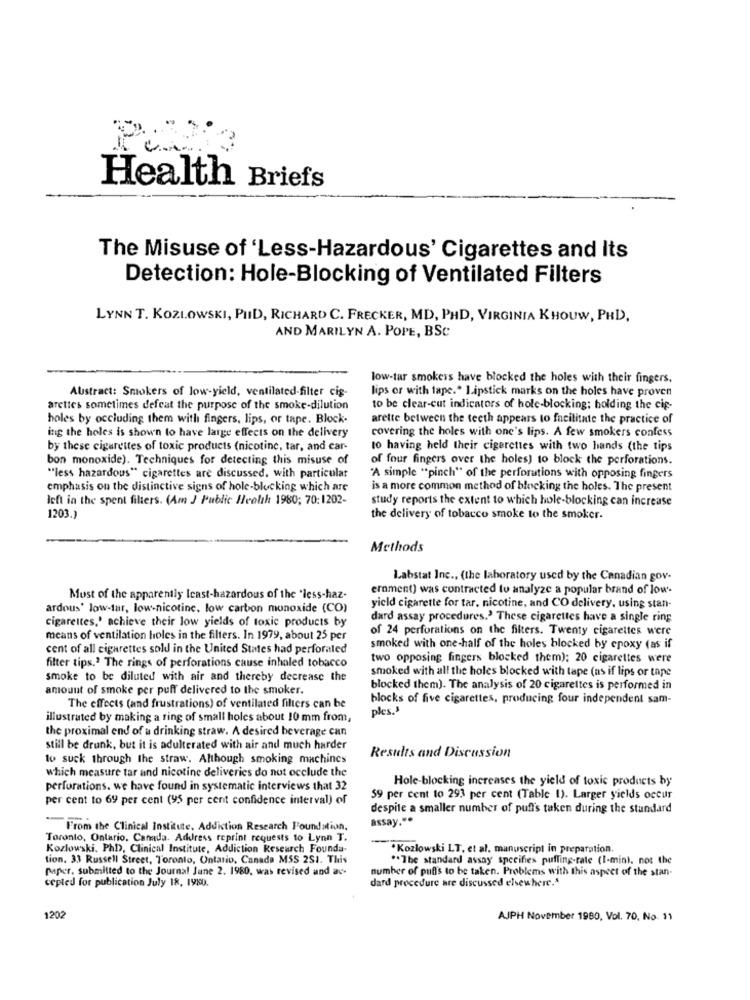
Health Briefs
The Misuse of 'Less-Hazardous' Cigarettes and Its
Detection: Hole-Blocking of Ventilated Filters
LYNN T. KOZLOWSKI, PHD, RICHARD C. FRECKER, MD, PHD, VIRGINIA KHOUW, PHD,
AND MARILYN A. POPE, BSC
low-tar smokers have blocked the holes with their fingers,
Abstract: Smokers of low-yield, ventilated-filter cig-
lips or with tape." Lipstick marks on the holes have proven
arettes sometimes defeat the purpose of the smoke-dilution
to be clear-cut indicators of hole-blocking; holding the cip-
holes by occluding them with fingers, lips, or tape. Block-
arette between the teeth appears to facilitate the practice of
covering the holes with one's lips. A few smokers confess
ing the holes is shown to have lange effects on the delivery
by these cigarettes of toxic products (nicotine, tar, and car-
to having held their cigarettes with two hands (the tips
bon monoxide). Techniques for detecting this misuse of
of four fingers over the holes) to block the perforations.
"less hazardous" cigarettes are discussed. with particular
"A simple "pinch" of the perforations with opposing fingers
emphasis on the distinctive signs of hole-blocking which are
is a more common method of blocking the holes. The present
left in the spent filters. (Am J Public Health 1980; 70: 1202-
study reports the extent to which hole-blocking can increase
1203.)
the delivery of tobacco smoke to the smoker.
Methods
Labstat Inc ., (the laboratory used by the Canadian gov-
ernment) was contracted to analyze a popular brand of low-
Must of the apparently Icast-hazardous of the "less-haz-
ardous' low-tar, low-nicotine, low carbon monoxide (CO)
yield cigarette for tar, nicotine, and CO delivery, using stan-
cigarettes,' achieve their low yields of toxic products by
dard assay procedures.' These cigarettes have a single ring
of 24 perforations on the filters. Twenty cigarettes were
means of ventilation holes in the filters. In 1979, about 25 per
cent of all cigarettes sold in the United States had perforaled
smoked with one-half of the holes blocked by epoxy (as if
filter tips.2 The rings of perforations cause inhaled tobacco
two opposing fingers blocked them); 20 cigarettes were
smoked with all the holes blocked with tape (as if lips or tape
smoke to be diluted with air and thereby decrease the
amount of smoke per puff delivered to the smoker.
blocked them). The analysis of 20 cigarettes is performed in
blocks of five cigarettes, producing four independent sam-
The effects (and frustrations) of ventilated filters can be
ples."
illustrated by making a ring of small holes about 10 mm from,
the proximal end of a drinking straw. A desired beverage can
still be drunk, but it is adulterated with air and much harder
to suck through the straw. Although smoking machines
Residts and Discussion
which measure tar and nicotine deliveries do not occlude the
Hole-blocking increases the yield of toxic products by
perforations. we have found in systematic interviews that 32
per cent to 69 per cent (95 per cent confidence interval) of
59 per cent to 293 per cent (Table 1). Larger yields occur
despite a smaller number of puffs taken during the standard
assay.".
From the Clinical Institute, Addiction Research Foundation,
Toronto, Ontario, Canada. Address reprint requests to Lynn T.
-
Kozlowski. PhD), Clinical Institute, Addiction Research Founda-
·Kozlowski LT, et al. manuscript in preparation.
tion. 33 Russell Street, Toronto, Ontario, Canada MSS 251. This
"The standard assay specifies puffing-rate (I-min). not the
paper, submitted to the Journal June 2. 1980, was revised and ac-
number of pubs to be taken. Problems with this aspect of the stan-
cepted for publication July 18, 1980.
dard procedure are discussed elsewhere.4
1202
AJPH November 1980, Vol. 70, No. 11